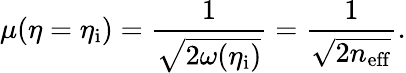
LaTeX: \mu(\eta=\eta_{\mathrm{i}})=\frac{1}{\sqrt{2\omega(\eta_{\mathrm{i}})}}=\frac{1}{\sqrt{2n_{\mathrm{eff}}}}.